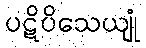
ပဋိပိသေယျုံ